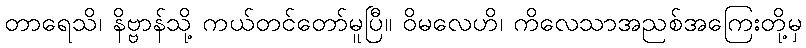
တာရေသိ၊ နိဗ္ဗာန်သို့ ကယ်တင်တော်မူပြီ။ ဝိမလေဟိ၊ ကိလေသာအညစ်အကြေးတို့မှ